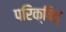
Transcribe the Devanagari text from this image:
परिक्षित्